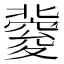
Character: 𥨏